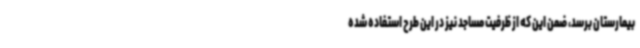
بیمارستان برسد، ضمن این که از ظرفیت مساجد نیز در این طرح استفاده شده